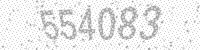
Solution: 554083